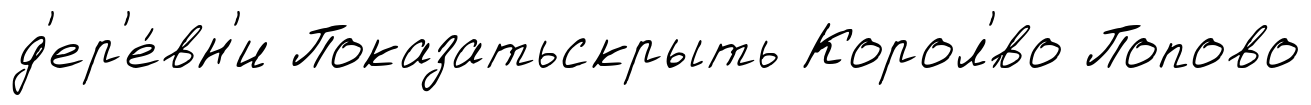
д'ер'е́вн'и Показатьскрыть Корол'́во Попово